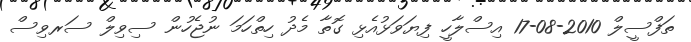
ތަފްސީލް 2010-08-17 އިސްލާހީ ފިޔަވަޅުއެޅި ގޮތާ މެދު ހިތްހަމަ ނުޖެހުން ސިވިލް ސަރވިސް